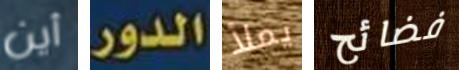
أين الدور يملأ فضائح